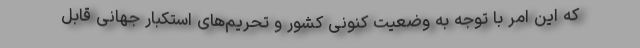
که این امر با توجه به وضعیت کنونی کشور و تحریم‌های استکبار جهانی قابل